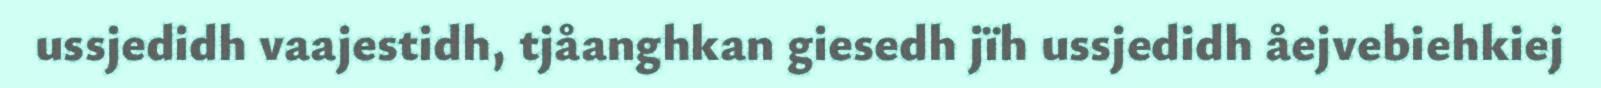
ussjedidh vaajestidh, tjåanghkan giesedh jïh ussjedidh åejvebiehkiej